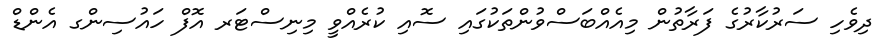
ދިވެހި ސަރުކާރުގެ ފަރާތުން މިއެއްބަސްވުންތަކުގައި ސޮއި ކުރެއްވީ މިނިސްޓަރ އޮފް ހައުސިންގ އެންޑް